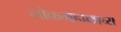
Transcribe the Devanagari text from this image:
लोकमहाकाव्य